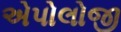
એપોલોજી